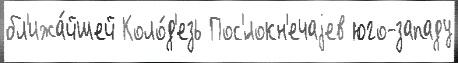
бл'ижа́йшей Коло́д'езь Пос'́локн'ечаjев юго-западу